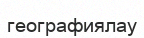
географиялау